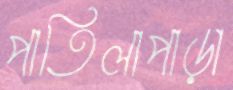
পাতিলাপাড়া